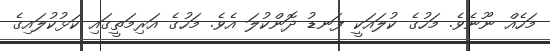
މަހެއް ނޫނެވެ. މަހުގެ ކުލައަކީ ފަނޑު ދޮންކުލަ އެވެ. މަހުގެ އަރިމަތީގައި ކަޅުކުލައިގެ